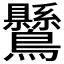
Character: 𪈉